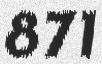
871